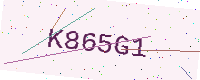
Text: K865G1